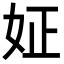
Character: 姃